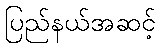
ပြည်နယ်အဆင့်